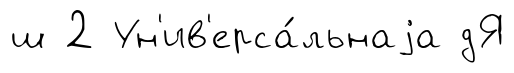
ш 2 Ун'ив'ерса́льнаjа дЯ